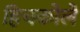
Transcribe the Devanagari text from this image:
हिचकोले